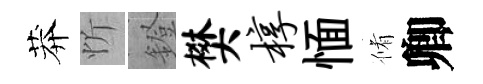
莽忻鐙樊椁愐脩卿